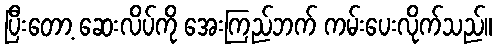
ပြီးတော့ ဆေးလိပ်ကို အေးကြည်ဘက် ကမ်းပေးလိုက်သည်။